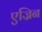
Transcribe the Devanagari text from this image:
एज्रिन